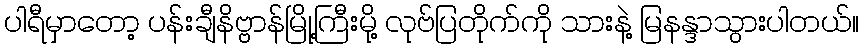
ပါရီမှာတော့ ပန်းချီနိဗ္ဗာန်မြို့ကြီးမို့ လုဗ်ပြတိုက်ကို သားနဲ့ မြနန္ဒာသွားပါတယ်။